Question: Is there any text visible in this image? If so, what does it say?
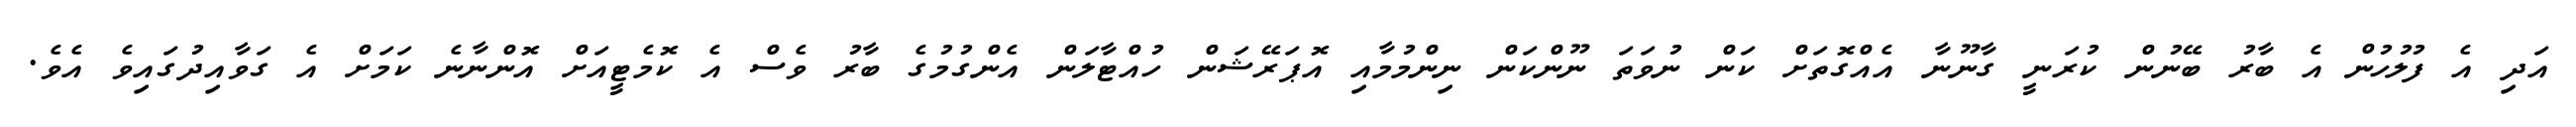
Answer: އަދި އެ ފުލުހުން އެ ބާރު ބޭނުން ކުރަނީ ގާނޫނާ އެއްގޮތަށް ކަން ނުވަތަ ނޫންކަން ނިންމުމާއި އޮޕަރޭޝަން ހުއްޓާލަން އެންގުމުގެ ބާރު ވެސް އެ ކޮމެޓީއަށް އޮންނާނެ ކަމަށް އެ ގަވާއިދުގައިވެ އެވެ.